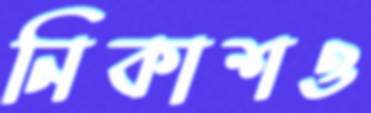
নিকাশও